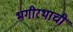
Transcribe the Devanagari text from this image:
भगीरथाची